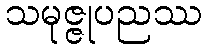
သမုဇ္ဇုပညဿ